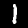
Label: 1